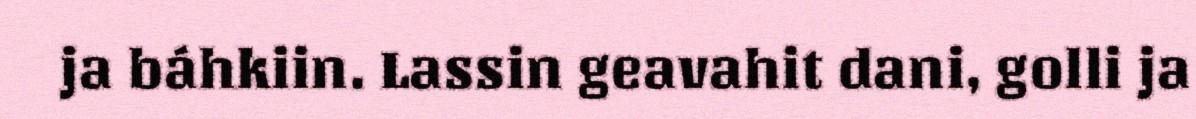
ja báhkiin. Lassin geavahit dani, golli ja